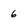
Character: 6